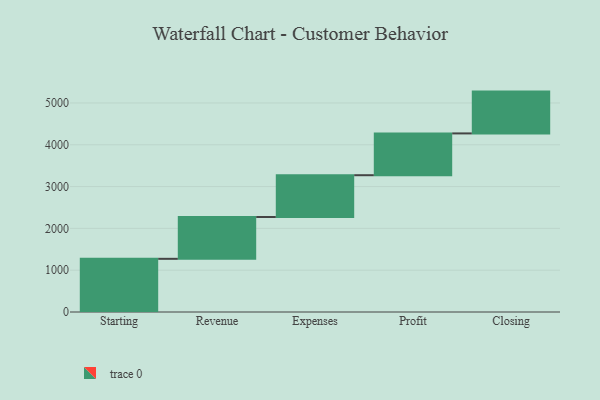
{"axis": {"x": "Step", "y": "Value"}, "legend": [""], "data": [{"x": "Starting", "y": 1272.0, "type": ""}, {"x": "Revenue", "y": 1000, "type": ""}, {"x": "Expenses", "y": 1000, "type": ""}, {"x": "Profit", "y": 1000, "type": ""}, {"x": "Closing", "y": 1000, "type": ""}]}